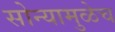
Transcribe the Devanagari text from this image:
सोन्यामुळेच